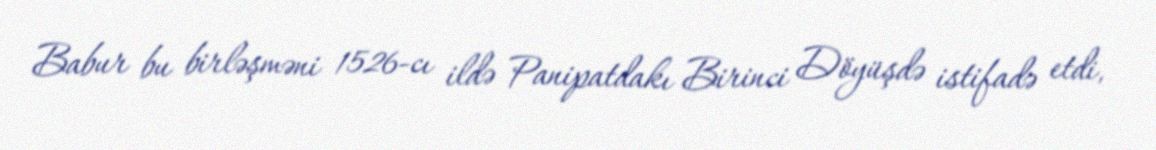
Babur bu birləşməni 1526-cı ildə Panipatdakı Birinci Döyüşdə istifadə etdi,